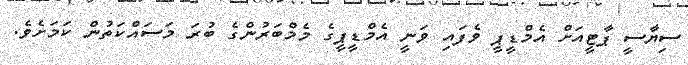
ސިޔާސީ ޕާޓީއަށް އެމްޑީޕީ ވެފައި ވަނީ އެމްޑީޕީގެ މެމްބަރުންގެ ބުރަ މަސައްކަތުން ކަމަށެވެ.